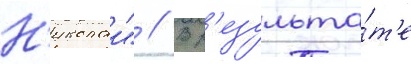
Н'иколаи" // В р'езульта́т'е